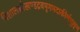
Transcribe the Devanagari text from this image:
विशालश्रीखण्डद्रवमृगमदाकीर्णघुसृण